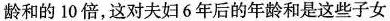
龄和的10倍，这对夫妇6年后的年龄和是这些子女